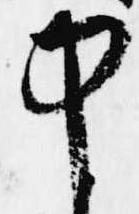
中